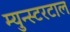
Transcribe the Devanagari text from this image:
म्युन्स्टरटाल